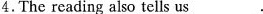
4.The reading also tells us_